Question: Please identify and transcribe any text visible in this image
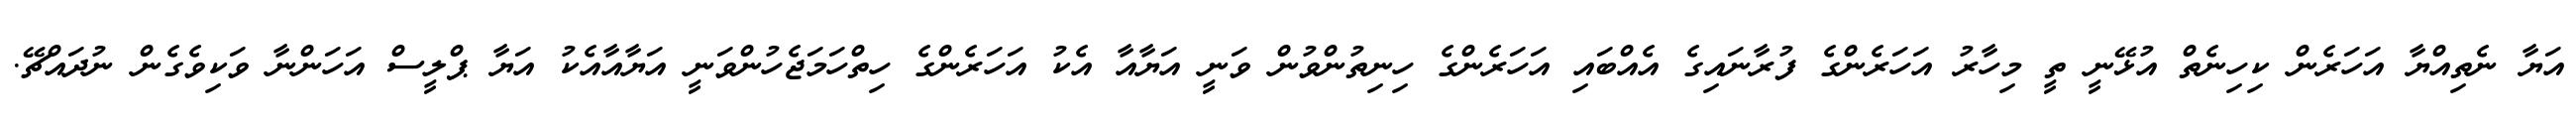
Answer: އަޔާ ނެތިއްޔާ އަހަރެން ކިހިނެތް އުޅޭނީ ތީ މިހާރު އަހަރެންގެ ފުރާނައިގެ އެއްބައި އަހަރެންގެ ހިނިތުންވުން ވަނީ އަޔާއާ އެކު އަހަރެންގެ ހިތްހަމަޖެހުންވަނީ އަޔާއާއެކު އަޔާ ޕްލީސް އަހަންނާ ވަކިވެގެން ނުދައްޗޭ.